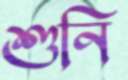
শুনি